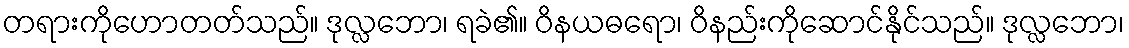
တရားကိုဟောတတ်သည်။ ဒုလ္လဘော၊ ရခဲ၏။ ဝိနယဓရော၊ ဝိနည်းကိုဆောင်နိုင်သည်။ ဒုလ္လဘော၊